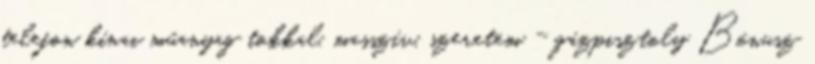
telefon kínai műanyag tokkal, masszív, szeretem - gázpisztoly Bónusz